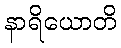
နာရိယောတိ